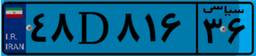
۴۸D۸۱۶۳۶